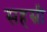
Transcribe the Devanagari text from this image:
सहस्री